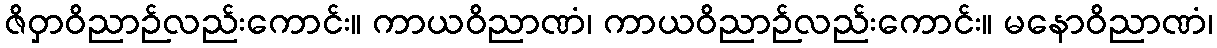
ဇိဝှာဝိညာဉ်လည်းကောင်း။ ကာယဝိညာဏံ၊ ကာယဝိညာဉ်လည်းကောင်း။ မနောဝိညာဏံ၊